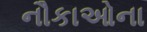
નૌકાઓના